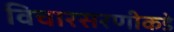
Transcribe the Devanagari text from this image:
विचारसरणीकडे